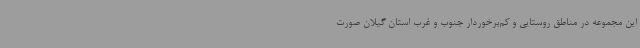
این مجموعه در مناطق روستایی و کم‌برخوردار جنوب و غرب استان گیلان صورت